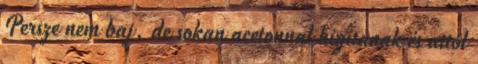
Persze nem baj, de sokan acetonnal hígítanak és attól